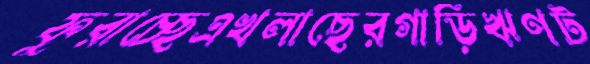
ফুরাচ্ছেএখলাছেরগাড়িঋণট